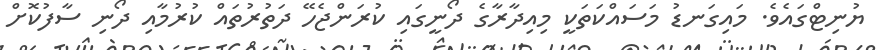
ޔުނިޓްގައެވެ. މައިގަނޑު މަސައްކަތަކީ މިއިދާރާގެ ދޯނީގައި ކުރަންޖެހޭ ދަތުރުތައް ކުރުމާއި ދޯނި ސާފުކޮށް